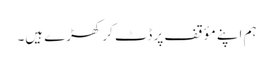
ہم اپنے مؤقف پر ڈٹ کر کھڑے ہیں۔